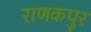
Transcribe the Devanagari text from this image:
राणकपुर